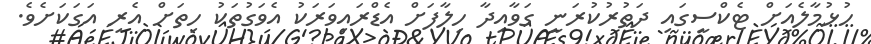
ހުޅުމާލެއަށް ޓެކްސީގައި ދަތުރުކުރަނީ ގަވާއިދާ ހިލާފަށް އެޑްރައިވަރަކު އެވަގުތަކު ހިތަށް އެރި އަގަކަށެވެ.